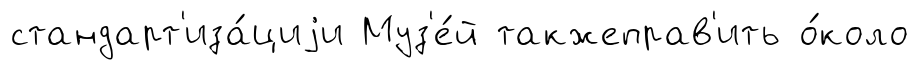
стандарт'иза́циjи Муз'е́й такжеправ'ить о́коло